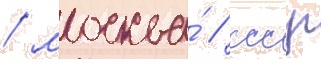
/ москва́ / ссср